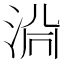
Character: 𱦤